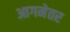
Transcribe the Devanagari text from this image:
आगमेतर